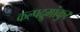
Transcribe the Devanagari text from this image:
कल्पद्रुमांकुर